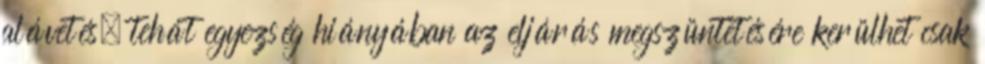
alávetés, tehát egyezség hiányában az eljárás megszüntetésére kerülhet csak